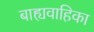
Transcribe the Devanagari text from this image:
बाह्यवाहिका